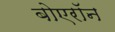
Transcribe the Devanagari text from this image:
बोएरॉन